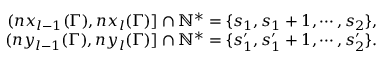
\begin{array} { r l r } & { } & { ( n x _ { l - 1 } ( \Gamma ) , n x _ { l } ( \Gamma ) ] \cap \mathbb { N } ^ { * } = \{ s _ { 1 } , s _ { 1 } + 1 , \cdots , s _ { 2 } \} , } \\ & { } & { ( n y _ { l - 1 } ( \Gamma ) , n y _ { l } ( \Gamma ) ] \cap \mathbb { N } ^ { * } = \{ s _ { 1 } ^ { \prime } , s _ { 1 } ^ { \prime } + 1 , \cdots , s _ { 2 } ^ { \prime } \} . } \end{array}